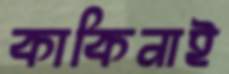
কাকিনাই